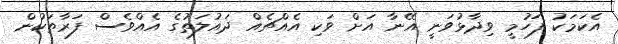
އެކަމަކު ފަހުމީ ވިދާޅުވަނީ އޭނާ އަށް ވަކި އެއްޗެއް ދައުލަތުގެ އެއްވެސް ފަރާތަކުން